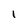
Character: 1